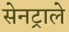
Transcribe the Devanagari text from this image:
सेनट्राले